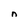
Character: n